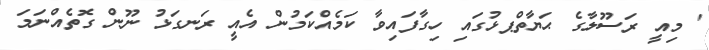
' މިއީ ރަސޫލާގެ ޙަޔާތްޕޅުގައި ހިގާފައިވާ ކަމެއްކަމުން އެއީ ރަނގަޅު ނޫން ގޮތެއްނަމަ